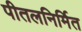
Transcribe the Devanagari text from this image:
पीतलनिर्मित